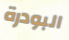
البودرة